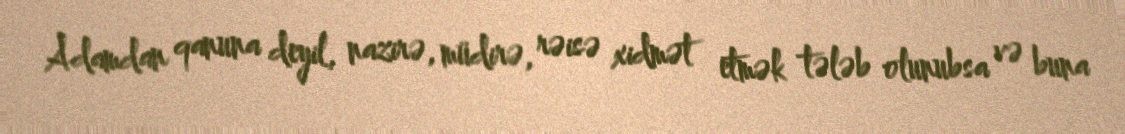
Adamdan qanuna deyil, nazirə, müdirə, rəisə xidmət etmək tələb olunubsa və buna